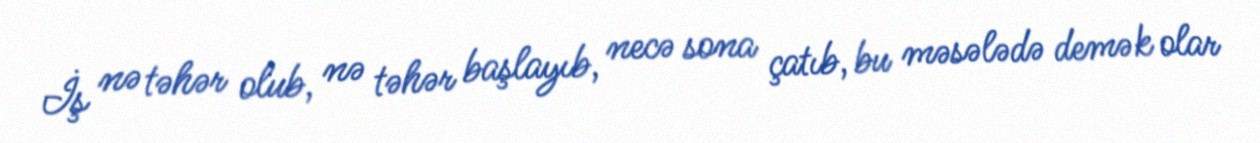
İş nə təhər olub, nə təhər başlayıb, necə sona çatıb, bu məsələdə demək olar